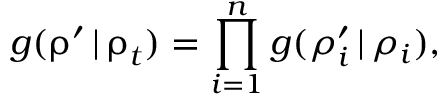
g ( \boldsymbol \uprho ^ { \prime } \, | \, \boldsymbol \uprho _ { t } ) = \prod _ { i = 1 } ^ { n } g ( \rho _ { i } ^ { \prime } \, | \, \rho _ { i } ) ,